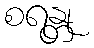
စရန္တု